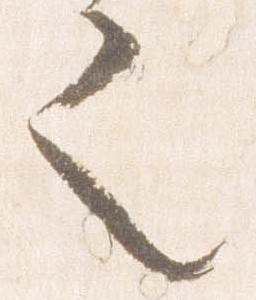
之